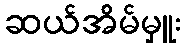
ဆယ်အိမ်မှူး